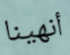
أنهينا